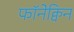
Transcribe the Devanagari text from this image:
फॉनेक्विन